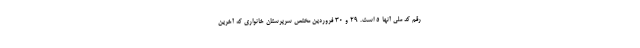
رقم کد ملی آنها ۵ است. ۲۹ و ۳۰ فروردین مختص سرپرستان خانواری که آخرین